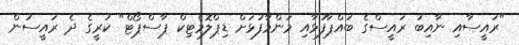
"ރައީސާއި ނާއިބު ރައީސްގެ ބައްޕާފުޅާއި މަންމާފުޅަށް ޑިޕްލޮމެޓިކް ޕާސްޕޯޓް" ކުރީގެ ދެ ރައީސުން